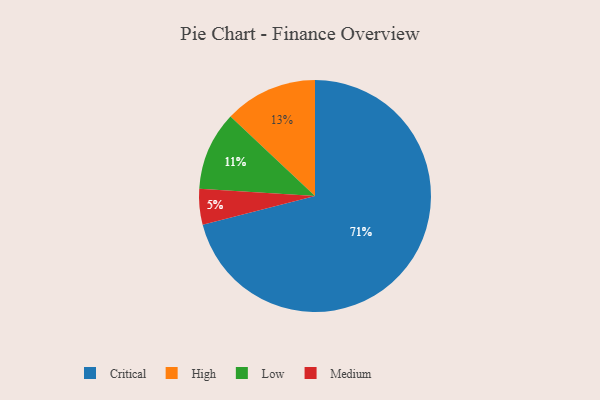
{"axis": {"x": "Category", "y": "Percentage"}, "legend": ["Critical", "High", "Low", "Medium"], "data": [{"x": "Low", "y": 11, "type": "Low"}, {"x": "High", "y": 13, "type": "High"}, {"x": "Critical", "y": 71, "type": "Critical"}, {"x": "Medium", "y": 5, "type": "Medium"}]}